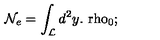
\mathcal { N } _ { e } = \int _ { \mathcal { L } } d ^ { 2 } y . \mathrm { \ r h o } _ { 0 } \mathrm { ; \quad }